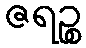
ဇရဉ္စ